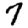
Digit: 7